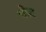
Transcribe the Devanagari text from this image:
चीट